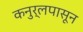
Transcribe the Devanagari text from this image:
कनुर्लपासून